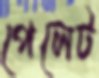
পেলেট